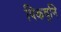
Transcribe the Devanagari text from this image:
पिकवुनि